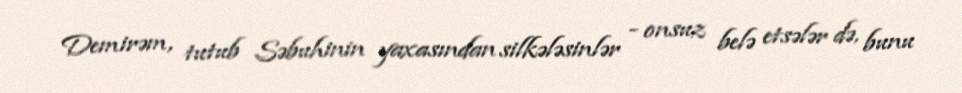
Demirəm, tutub Səbuhinin yaxasından silkələsinlər - onsuz belə etsələr də, bunu